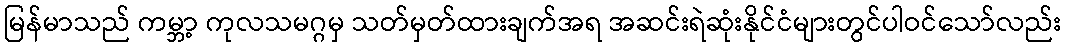
မြန်မာသည် ကမ္ဘာ့ ကုလသမဂ္ဂမှ သတ်မှတ်ထားချက်အရ အဆင်းရဲဆုံးနိုင်ငံများတွင်ပါဝင်သော်လည်း